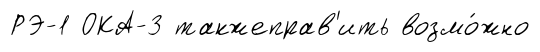
РЭ-1 ОКА-3 такжеправ'ить возмо́жно